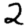
Digit: 2